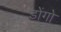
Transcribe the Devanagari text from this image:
डोंगो